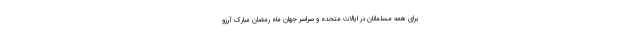
برای همه مسلمانان در ایالات متحده و سراسر جهان ماه رمضان مبارک آرزو